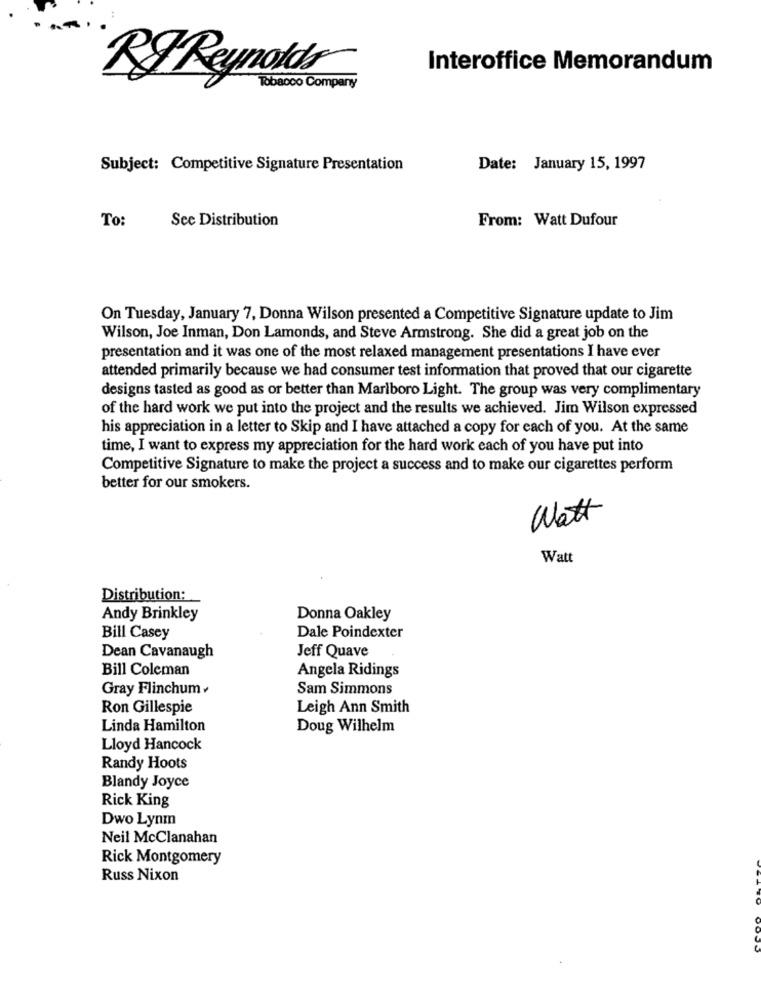
Interoffice Memorandum
RI Reynolds
Tobacco Company
Subject: Competitive Signature Presentation
Date: January 15, 1997
To:
See Distribution
From: Watt Dufour
On Tuesday, January 7, Donna Wilson presented a Competitive Signature update to Jim
Wilson, Joe Inman, Don Lamonds, and Steve Armstrong. She did a great job on the
presentation and it was one of the most relaxed management presentations I have ever
attended primarily because we had consumer test information that proved that our cigarette
designs tasted as good as or better than Marlboro Light. The group was very complimentary
of the hard work we put into the project and the results we achieved. Jim Wilson expressed
his appreciation in a letter to Skip and I have attached a copy for each of you. At the same
time, I want to express my appreciation for the hard work each of you have put into
Competitive Signature to make the project a success and to make our cigarettes perform
better for our smokers.
Watt
Watt
Distribution:
Andy Brinkley
Donna Oakley
Bill Casey
Dale Poindexter
Dean Cavanaugh
Jeff Quave
Bill Coleman
Angela Ridings
Gray Flinchum+
Sam Simmons
Ron Gillespie
Leigh Ann Smith
Linda Hamilton
Doug Wilhelm
Lloyd Hancock
Randy Hoots
Blandy Joyce
Rick King
Dwo Lynm
Neil McClanahan
Rick Montgomery
Russ Nixon